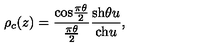
\rho _ { c } ( z ) = { \frac { \mathrm { c o s } { \frac { \pi \theta } { 2 } } } { \frac { \pi \theta } { 2 } } } { \frac { \mathrm { s h } \theta u } { \mathrm { c h } u } } ,